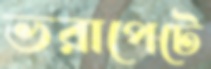
ভরাপেটে